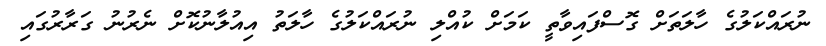
ނުރައްކަލުގެ ހާލަތަށް ގޮސްފައިވާތީ ކަމަށް ކުއްލި ނުރައްކަލުގެ ހާލަތު އިއުލާނުކޮށް ނެރުނު ގަރާރުގައި